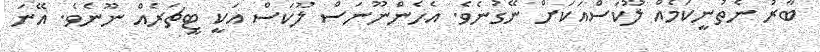
ބާރު ނެތުނީކަމެއް ލޫކަސްއަކަށް ނޭގުނެވެ. އެހެންނޫނަސް ލޫކަސް އަކީ ޓީޗަރެއް ނޫނެވެ. އޭނަ